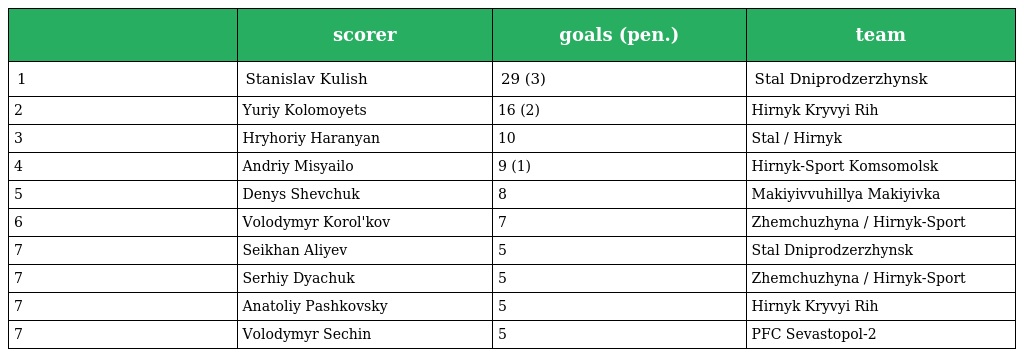
|  | scorer | goals (pen.) | team |
 | --- | --- | --- | --- |
 | 1 | Stanislav Kulish | 29 (3) | Stal Dniprodzerzhynsk |
 | 2 | Yuriy Kolomoyets | 16 (2) | Hirnyk Kryvyi Rih |
 | 3 | Hryhoriy Haranyan | 10 | Stal / Hirnyk |
 | 4 | Andriy Misyailo | 9 (1) | Hirnyk-Sport Komsomolsk |
 | 5 | Denys Shevchuk | 8 | Makiyivvuhillya Makiyivka |
 | 6 | Volodymyr Korol'kov | 7 | Zhemchuzhyna / Hirnyk-Sport |
 | 7 | Seikhan Aliyev | 5 | Stal Dniprodzerzhynsk |
 | 7 | Serhiy Dyachuk | 5 | Zhemchuzhyna / Hirnyk-Sport |
 | 7 | Anatoliy Pashkovsky | 5 | Hirnyk Kryvyi Rih |
 | 7 | Volodymyr Sechin | 5 | PFC Sevastopol-2 |